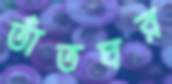
তাঁতঘর